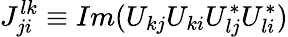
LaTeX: J_{ji}^{lk}\equiv Im(U_{kj}U_{ki}U_{lj}^{\ast}U_{li}^{\ast})